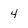
Character: 4